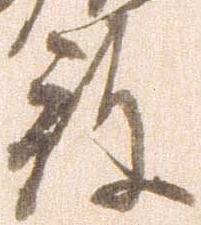
殿